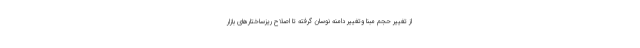
از تغییر حجم مبنا وتغییر دامنه نوسان گرفته تا اصلاح ریزساختارهای بازار